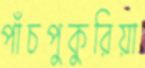
পাঁচপুকুরিয়া